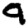
Digit: 9